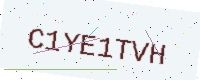
Text: C1YE1TVH